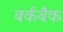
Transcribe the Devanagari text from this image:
बर्कबैक